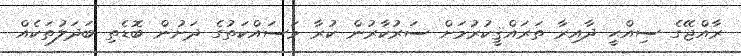
ރާއްޖޭގެ ސިއްޙީ ދާއިރާ ތަރައްޤީކުރުމަށް ސަރުކާރުން ކުރާ މަސައްކަތުގެ ދަށުން ބޮޑެތި ބަދަލުތަކެއް